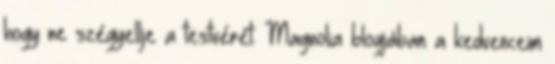
hogy ne szégyellje a testvérét. Magnolia blogjában a kedvenceim